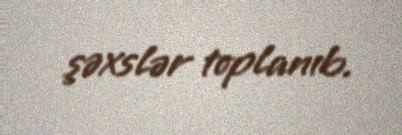
şəxslər toplanıb.